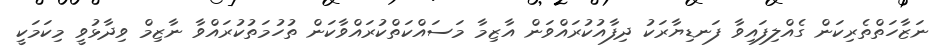
ނަޒާހަތްތެރިކަން ގެއްލިފައިވާ ފަނޑިޔާރަކު ދިފާއުކުރައްވަން އާޒިމާ މަސައްކަތްކުރައްވާކަން ތުހުމަތުކުރައްވާ ނާޒިމް ވިދާޅުވީ މިކަމަކީ